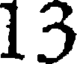
13